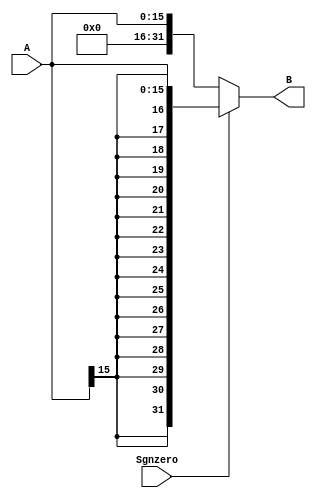
`timescale 1ns / 1ps
module SignExtend(Sgnzero, A, B);
	input Sgnzero;
	input [15:0]A;
	output [31:0]B;
	assign B = (Sgnzero)?{{16{A[15]}},A}:{16'h0000,A};

endmodule